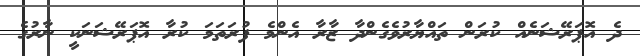
ދެ އޮޕަރޭޝަނެއް ކުރަން ތައްޔާރުވެގެންދާ ޒާރާ އެންމެ ފުރަތަމަ ކުރާ އޮޕަރޭޝަނަކީ ނާރުގެ